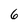
Character: 6